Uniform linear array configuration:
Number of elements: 24
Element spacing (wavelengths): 0.25
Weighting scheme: kaiser
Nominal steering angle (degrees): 45
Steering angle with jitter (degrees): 43.459
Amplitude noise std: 0.05
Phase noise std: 0.05

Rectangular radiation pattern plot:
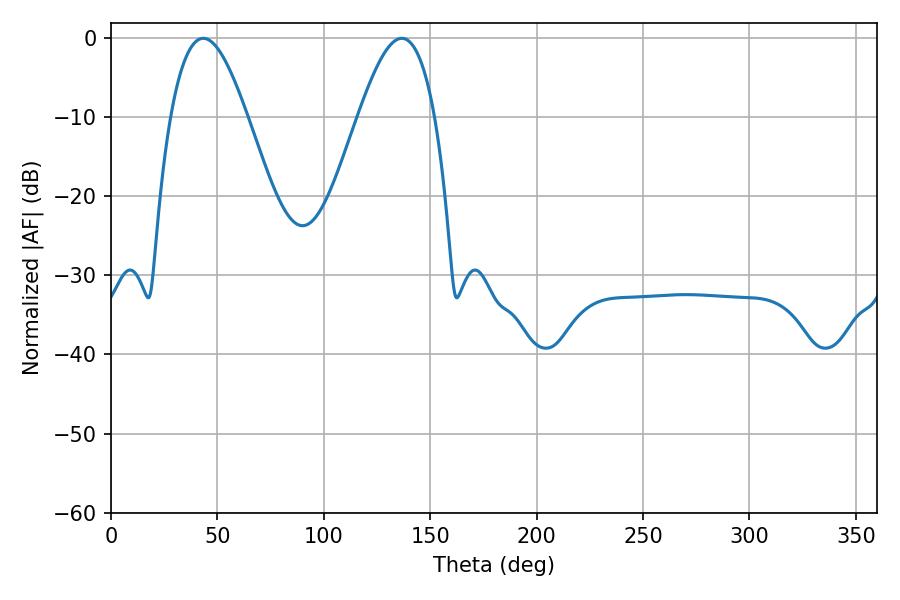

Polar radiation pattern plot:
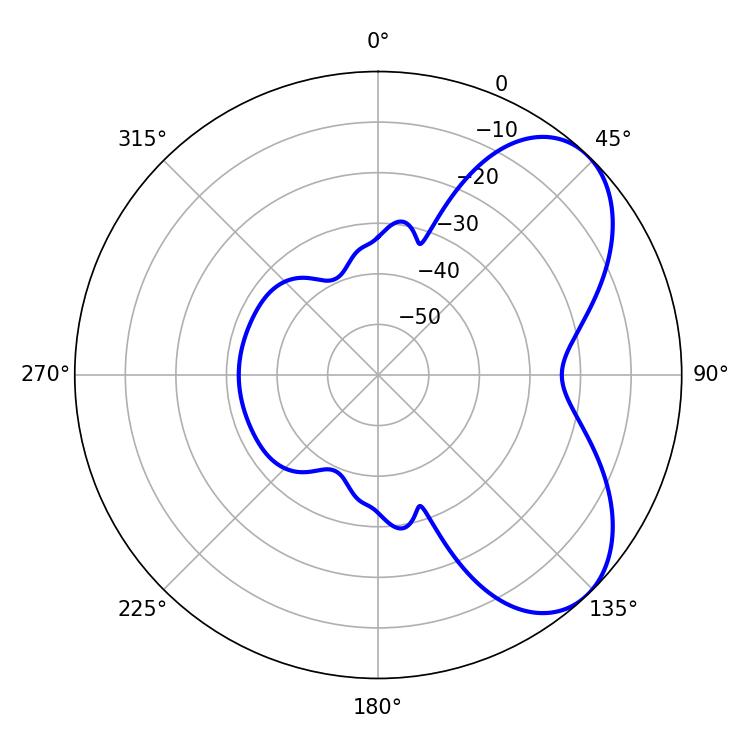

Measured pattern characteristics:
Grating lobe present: FALSE
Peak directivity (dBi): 5.852
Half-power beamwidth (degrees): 19.44
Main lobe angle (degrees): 43.38